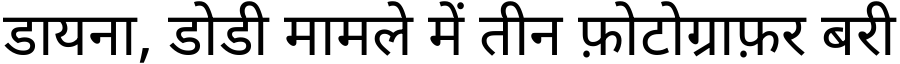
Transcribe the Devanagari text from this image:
डायना, डोडी मामले में तीन फ़ोटोग्राफ़र बरी